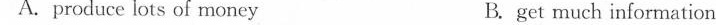
A.produce lots of money B. get much information